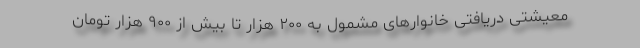
معیشتی دریافتی خانوارهای مشمول به ۲۰۰ هزار تا بیش از ۹۰۰ هزار تومان